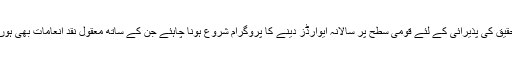
تمام علوم و فنون، سائنس و ٹیکنالوجی اور پیشہ ورانہ تعلیم میں اعلیٰ سطحی تحقیق کی پذیرائی کے لئے قومی سطح پر سالانہ ایوارڈز دینے کا پروگرام شروع ہونا چاہئے جن کے ساتھ معقول نقد انعامات بھی ہوں تاکہ محققین کے تحقیقی کام کو قومی سطح پر شناخت اور پذیرائی مل سکے۔